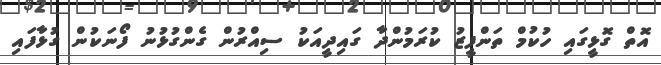
އޮތް ގޮޅީގައި ހުކުމް ތަންފީޒު ކުރަމުންދާ ގައިދީއަކު ސިއްރުން ގެންގުޅުނު ފޯނަކުން ގުޅާފައި